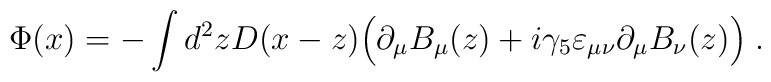
\Phi(x) = -\int d^2z D(x-z) \Big( \partial_\mu B_\mu(z) + i \gamma_5\varepsilon_{\mu \nu} \partial_\mu B_\nu(z) \Big) \; .